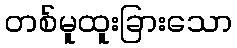
တစ်မူထူးခြားသော